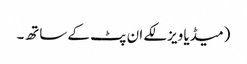
(میڈیا ویزلکے ان پٹ کے ساتھ۔